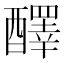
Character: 醳